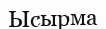
Ысырма